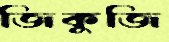
জিকুজি